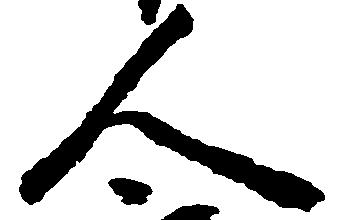
人